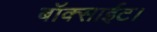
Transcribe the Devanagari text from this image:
बॉक्साईट।